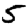
Digit: 5